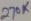
Text: 270K